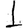
Digit: 1